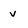
Character: v